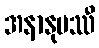
အနာနုပဿီ